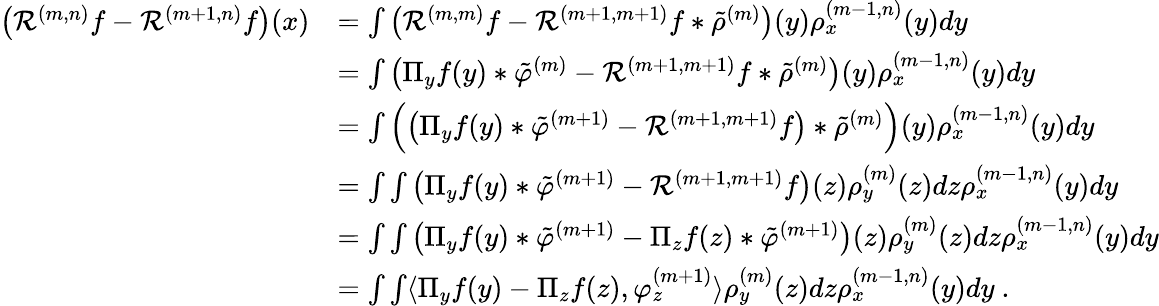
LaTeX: \begin{array}{rl}{\big(\mathcal{R}^{(m,n)}f-\mathcal{R}^{(m+1,n)}f\big)(x)}&{=\int\big(\mathcal{R}^{(m,m)}f-\mathcal{R}^{(m+1,m+1)}f\ast\tilde{\rho}^{(m)}\big)(y){\rho}_{x}^{(m-1,n)}(y)dy}\\ &{=\int\big(\Pi_{y}f(y)\ast\tilde{\varphi}^{(m)}-\mathcal{R}^{(m+1,m+1)}f\ast\tilde{\rho}^{(m)}\big)(y){\rho}_{x}^{(m-1,n)}(y)dy}\\ &{=\int\Big(\big(\Pi_{y}f(y)\ast\tilde{\varphi}^{(m+1)}-\mathcal{R}^{(m+1,m+1)}f\big)\ast\tilde{\rho}^{(m)}\Big)(y){\rho}_{x}^{(m-1,n)}(y)dy}\\ &{=\int\int\big(\Pi_{y}f(y)\ast\tilde{\varphi}^{(m+1)}-\mathcal{R}^{(m+1,m+1)}f\big)(z){\rho}_{y}^{(m)}(z)dz{\rho}_{x}^{(m-1,n)}(y)dy}\\ &{=\int\int\big(\Pi_{y}f(y)\ast\tilde{\varphi}^{(m+1)}-\Pi_{z}f(z)\ast\tilde{\varphi}^{(m+1)}\big)(z){\rho}_{y}^{(m)}(z)dz{\rho}_{x}^{(m-1,n)}(y)dy}\\ &{=\int\int\langle\Pi_{y}f(y)-\Pi_{z}f(z),{\varphi}_{z}^{(m+1)}\rangle{\rho}_{y}^{(m)}(z)dz{\rho}_{x}^{(m-1,n)}(y)dy\ .}\end{array}